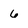
Character: 6